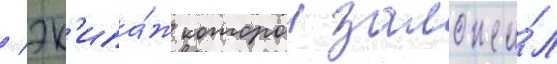
/ эк'ипа́ж которои заложи́л